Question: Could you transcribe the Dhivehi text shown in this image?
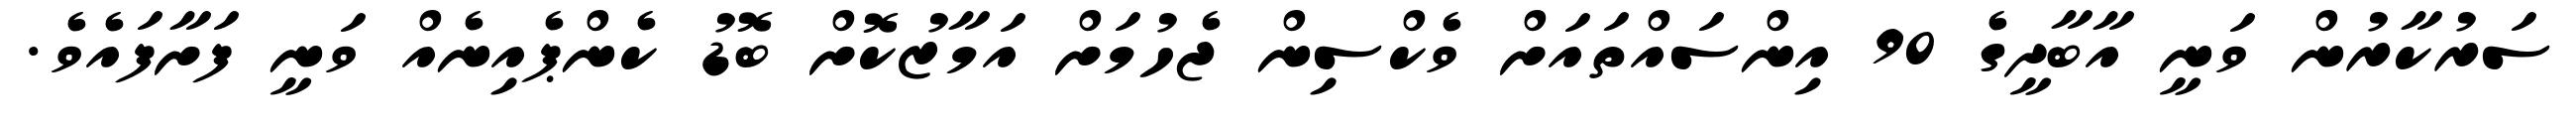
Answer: ސަރުކާރުން ވަނީ އާބާދީގެ 90 އިންސައްތައަށް ވެކްސިން ޖެހުމަށް އަމާޒުކޮށް ބޮޑު ކެންޕެއިނެއް ވަނީ ފަށާފައެވެ.